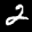
Label: 2